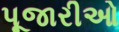
પૂજારીઓ